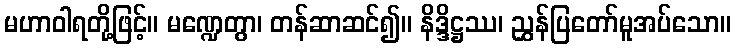
မဟာဝါရတို့ဖြင့်။ မဏ္ဍေတွာ၊ တန်ဆာဆင်၍။ နိဒ္ဒိဋ္ဌဿ၊ ညွှန်ပြတော်မူအပ်သော။